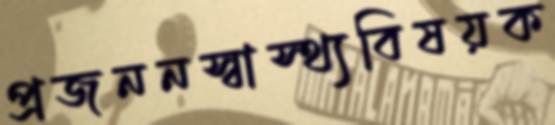
প্রজননস্বাস্থ্যবিষয়ক